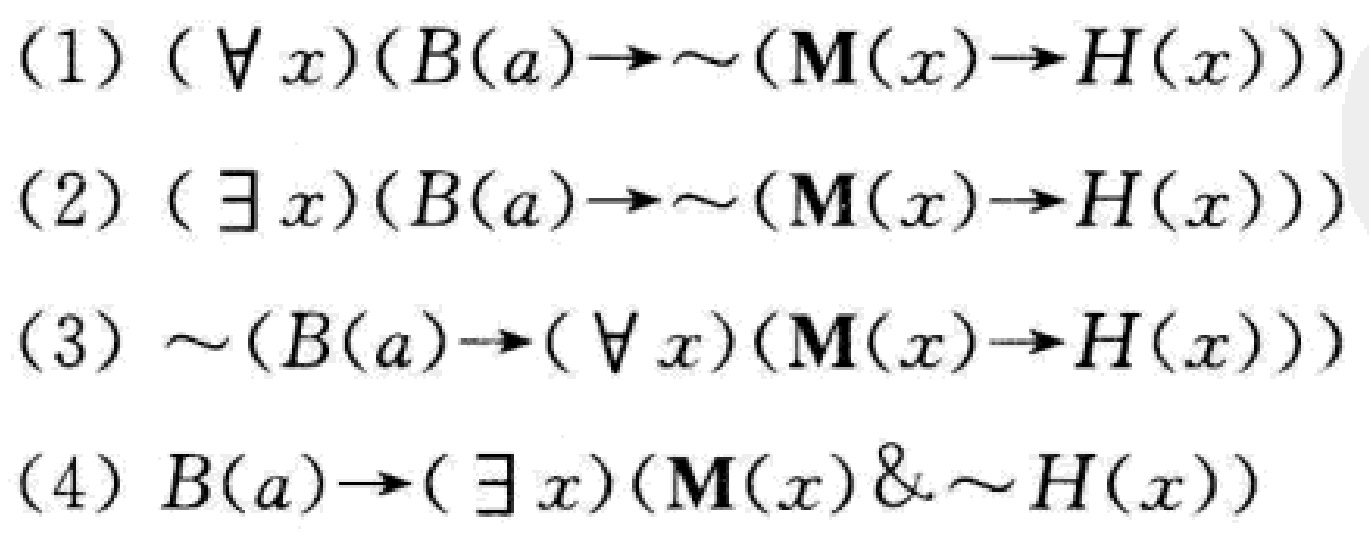
(1) $(\forall x)(B(a)\to\sim(M(x)\to H(x)))$

(2) $(\exists x)(B(a)\to\sim(M(x)\to H(x)))$

(3) $\sim(B(a)\to(\forall x)(M(x)\to H(x)))$

(4) $B(a)\to(\exists x)(M(x)\&\sim H(x))$